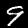
Digit: 9